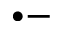
^ { \bullet - }